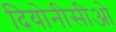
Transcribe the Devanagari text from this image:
दियोनीसीओ